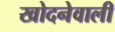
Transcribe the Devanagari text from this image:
खोदनेवाली